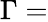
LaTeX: \Gamma=